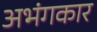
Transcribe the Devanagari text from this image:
अभंगकार